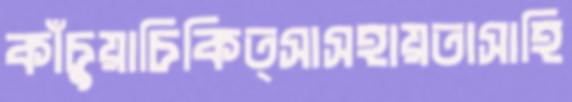
কাঁচুয়াচিকিত্সাসহায়তাসাহি